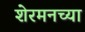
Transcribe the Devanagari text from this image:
शेरमनच्या